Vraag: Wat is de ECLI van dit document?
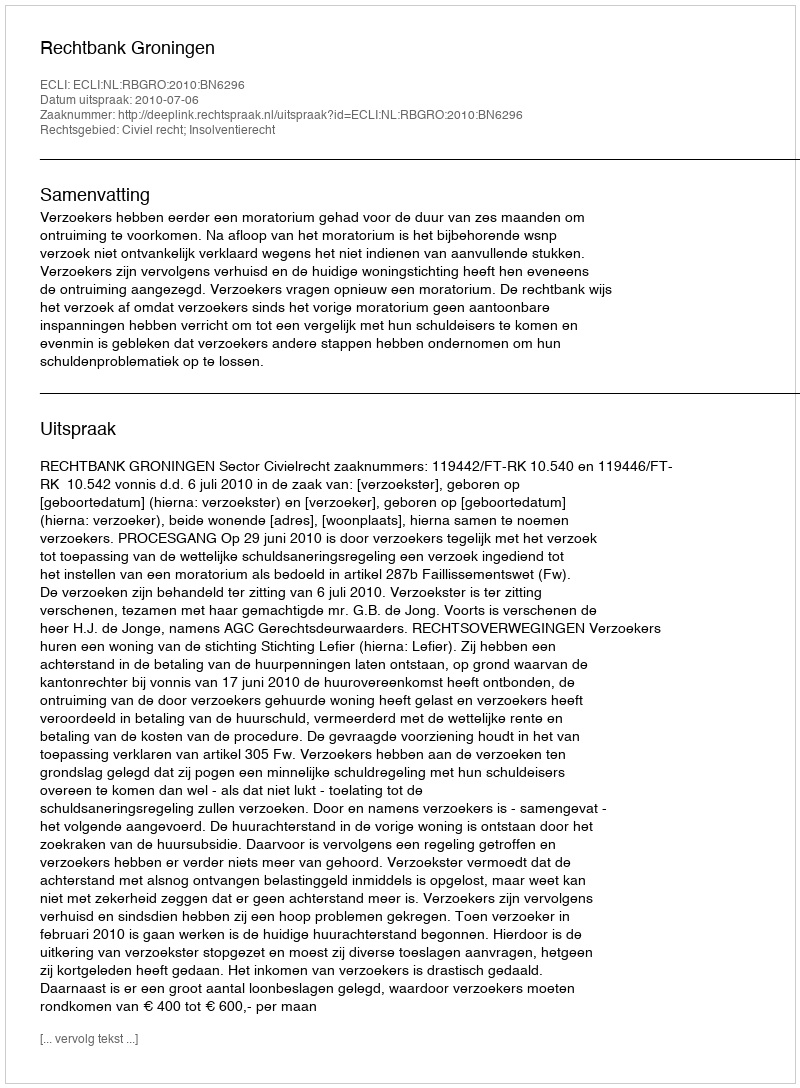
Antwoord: ECLI:NL:RBGRO:2010:BN6296